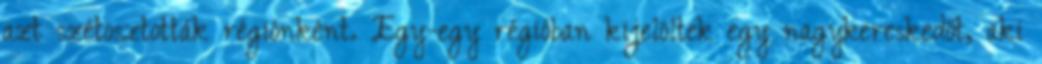
azt szétosztották régiónként. Egy-egy régióban kijelöltek egy nagykereskedőt, aki